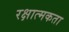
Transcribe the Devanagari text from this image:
रक्षात्मकता